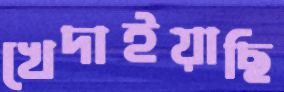
খেদাইয়াছি